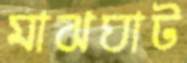
মাঝঘাট